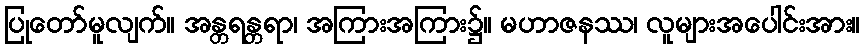
ပြုတော်မူလျက်။ အန္တရန္တရာ၊ အကြားအကြား၌။ မဟာဇနဿ၊ လူများအပေါင်းအား။